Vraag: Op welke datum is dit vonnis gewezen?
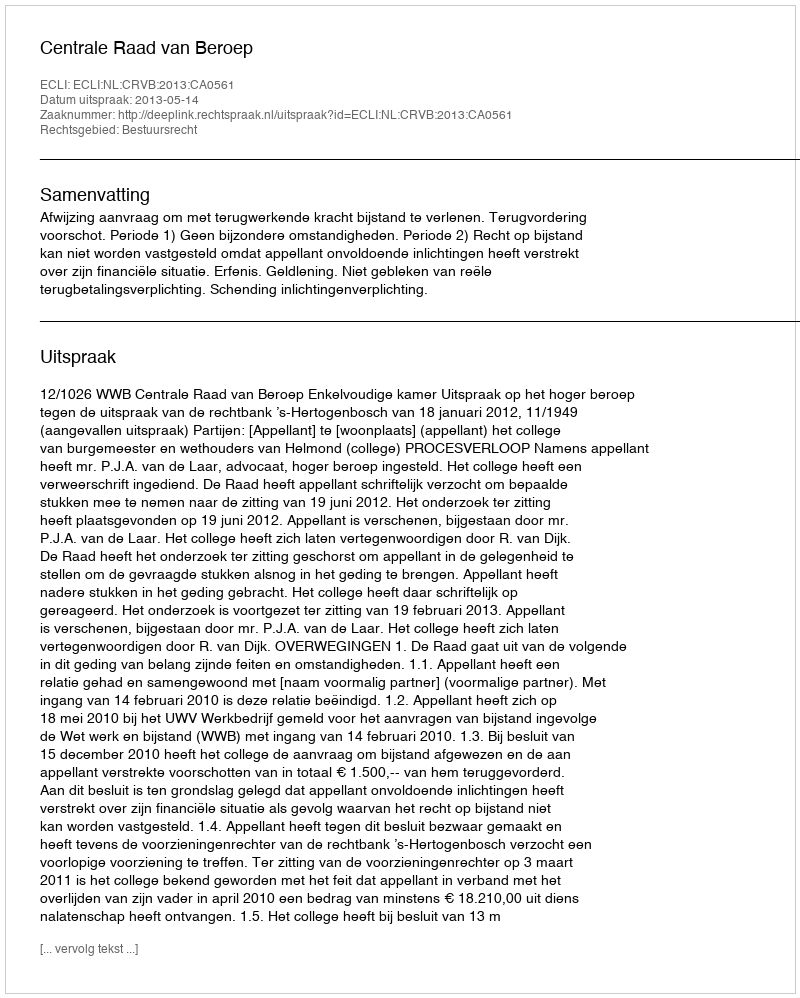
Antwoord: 2013-05-14